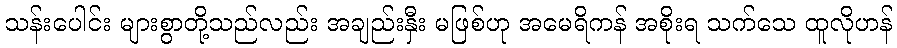
သန်းပေါင်း များစွာတို့သည်လည်း အချည်းနှီး မဖြစ်ဟု အမေရိကန် အစိုးရ သက်သေ ထူလိုဟန်